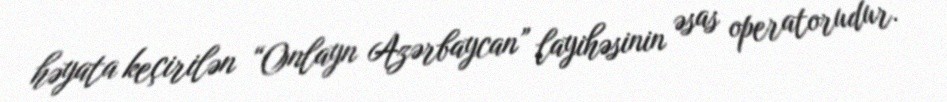
həyata keçirilən “Onlayn Azərbaycan” layihəsinin əsas operatorudur.